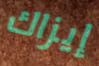
إيزاك